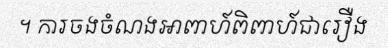
។ ការចងចំណងអាពាហ៍ពិពាហ៍ជារឿង